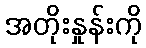
အတိုးနှုန်းကို